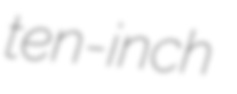
ten-inch